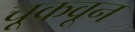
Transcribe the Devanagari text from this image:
चूकवून